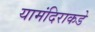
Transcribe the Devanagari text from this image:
यामंदिराकडे